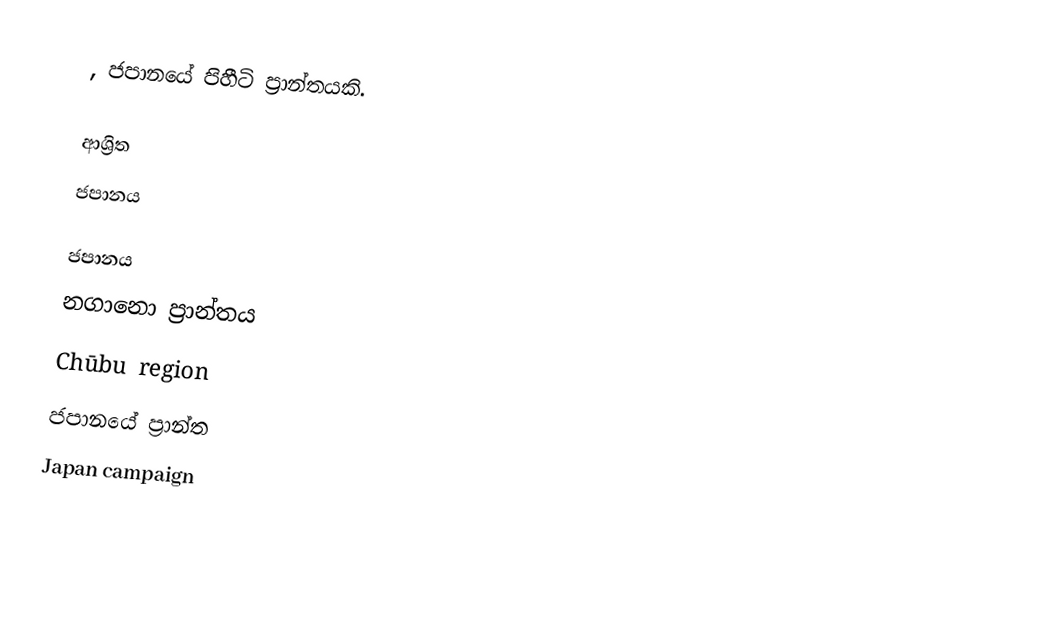
, ජපානයේ පිහීටි ප්‍රාන්තයකි.

ආශ්‍රිත
 ජපානය

ජපානය
නගානො ප්‍රාන්තය
Chūbu region
ජපානයේ ප්‍රාන්ත
Japan campaign